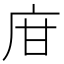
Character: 𢇾